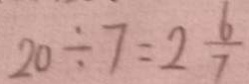
2 0 \div 7 = 2 \frac { 6 } { 7 }